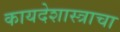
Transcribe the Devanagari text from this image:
कायदेशास्त्राचा